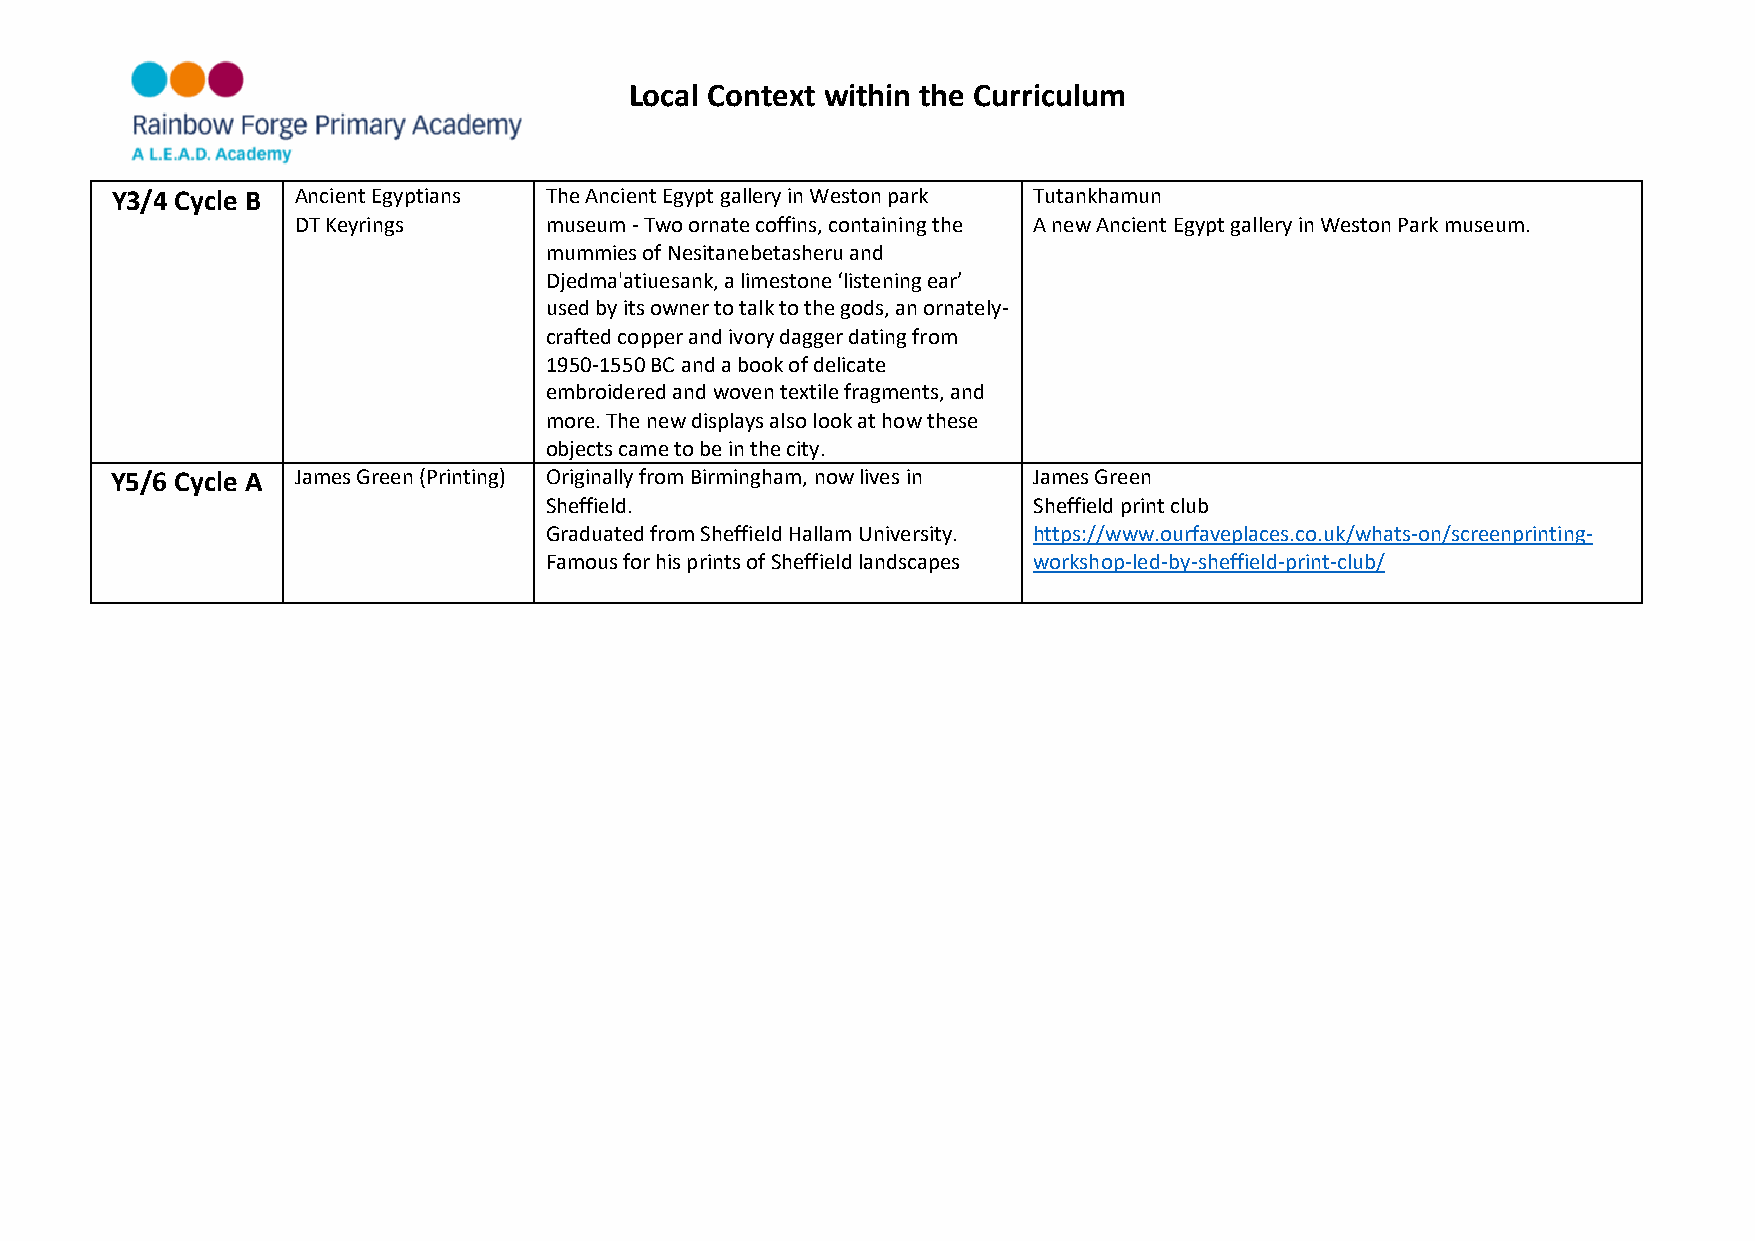
Local Context within the Curriculum
 Y3/4 Cycle B Ancient Egyptians The Ancient Egypt gallery in Weston park Tutankhamun
 DT Keyrings      museum - Two ornate coffins, containing the A new Ancient Egypt gallery in Weston Park museum.
 mummies of Nesitanebetasheru and
 Djedma'atiuesank, a limestone ‘listening ear’
 used by its owner to talk to the gods, an ornately-
 crafted copper and ivory dagger dating from
 1950-1550 BC and a book of delicate
 embroidered and woven textile fragments, and
 more. The new displays also look at how these
 objects came to be in the city.
 Y5/6 Cycle A James Green (Printing) Originally from Birmingham, now lives in James Green
 Sheffield.                      Sheffield print club
 Graduated from Sheffield Hallam University. https://www.ourfaveplaces.co.uk/whats-on/screenprinting-
 Famous for his prints of Sheffield landscapes workshop-led-by-sheffield-print-club/